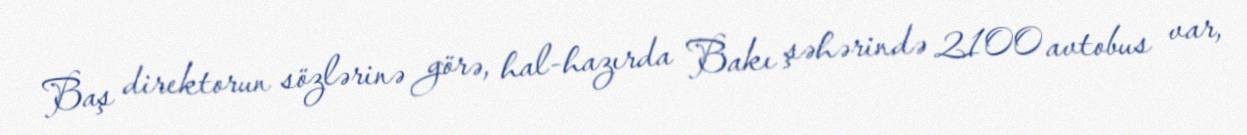
Baş direktorun sözlərinə görə, hal-hazırda Bakı şəhərində 2100 avtobus var,